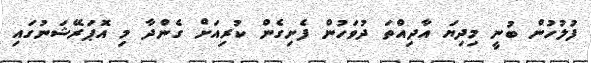
ފުލުހުން ބުނީ މިދިޔަ އާދިއްތަ ދުވަހުން ފެށިގެން ކުރިއަށް ގެންދާ މި އޮޕަރޭޝަނުގައި